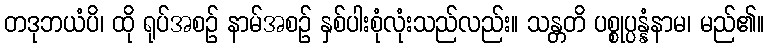
တဒုဘယံပိ၊ ထို ရုပ်အစဉ် နာမ်အစဉ် နှစ်ပါးစုံလုံးသည်လည်း။ သန္တတိ ပစ္စုပ္ပန္နံနာမ၊ မည်၏။